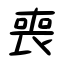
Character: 喪